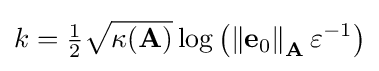
k={\tfrac {1}{2}}{\sqrt {\kappa (\mathbf {A} )}}\log \left(\left\|\mathbf {e} _{0}\right\|_{\mathbf {A} }\varepsilon ^{-1}\right)